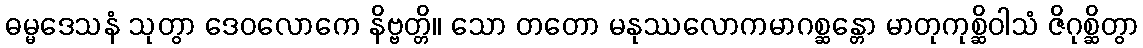
ဓမ္မဒေသနံ သုတွာ ဒေဝလောကေ နိဗ္ဗတ္တိ။ သော တတော မနုဿလောကမာဂစ္ဆန္တော မာတုကုစ္ဆိဝါသံ ဇိဂုစ္ဆိတွာ